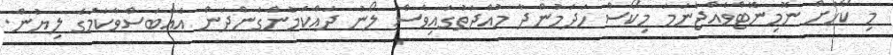
މި ކޯހަށް ނޮމިނޭޓްވެއްޖެނަމަ މިކޯސް ހަދަމުންދާ މުއްދަތުގައިވެސް ލޯނު ދައްކަމުންގެންދަން އެއްބަސްވާކަމުގެ ލިޔުން.